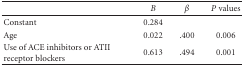
|  | B | β | P values |
 | --- | --- | --- | --- |
 | Constant | 0.284 |  |  |
 | Age | 0.022 | .400 | 0.006 |
 | Use of ACE inhibitors or ATII receptor blockers | 0.613 | .494 | 0.001 |